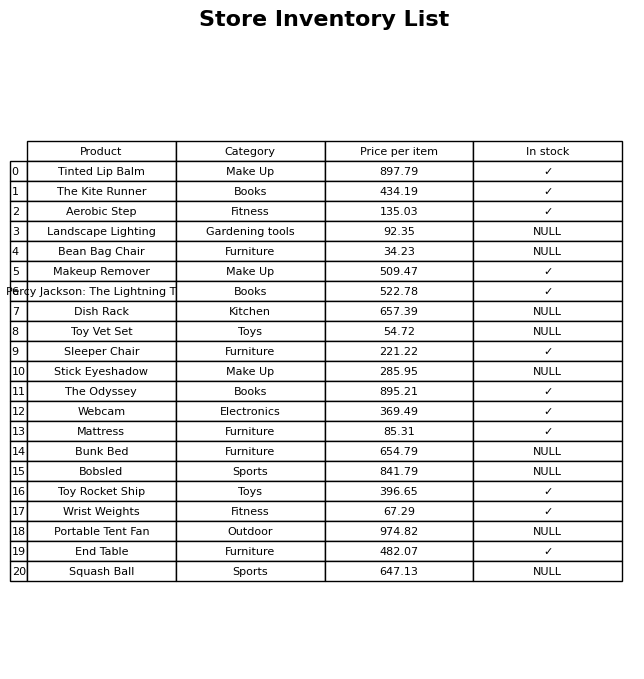
question: What is the price for Stick Eyeshadow?
answer: The price of Stick Eyeshadow is 285.95.